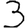
Digit: 3